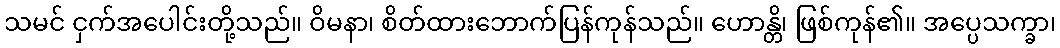
သမင် ငှက်အပေါင်းတို့သည်။ ဝိမနာ၊ စိတ်ထားဘောက်ပြန်ကုန်သည်။ ဟောန္တိ၊ ဖြစ်ကုန်၏။ အပ္ပေသက္ခာ၊